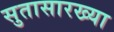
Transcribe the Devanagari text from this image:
सुतासारख्या